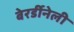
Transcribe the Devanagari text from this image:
बेरर्डीनेली